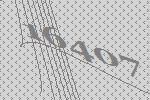
16407